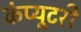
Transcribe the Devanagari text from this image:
कंप्यूटरी